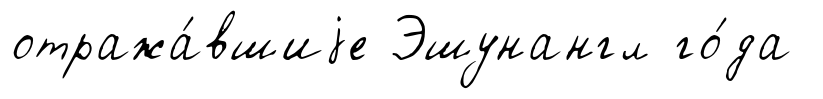
отража́вшиjе Эшунангл го́да